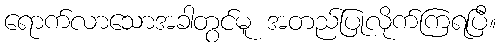
ရောက်လာသောအခါတွင်မူ အတည်ပြုလိုက်ကြရပြီ။